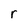
Character: r